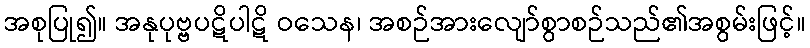
အစုပြု၍။ အနုပုဗ္ဗပဋိပါဋိ ဝသေန၊ အစဉ်အားလျော်စွာစဉ်သည်၏အစွမ်းဖြင့်။